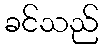
ခင်သည်